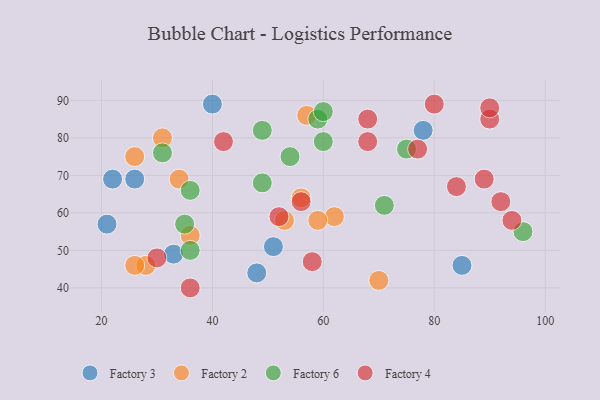
{"axis": {"x": "GDP", "y": "Life Expectancy"}, "legend": ["Factory 2", "Factory 3", "Factory 4", "Factory 6"], "data": [{"x": "78", "y": 82, "type": "Factory 3"}, {"x": "51", "y": 51, "type": "Factory 3"}, {"x": "48", "y": 44, "type": "Factory 3"}, {"x": "85", "y": 46, "type": "Factory 3"}, {"x": "33", "y": 49, "type": "Factory 3"}, {"x": "22", "y": 69, "type": "Factory 3"}, {"x": "40", "y": 89, "type": "Factory 3"}, {"x": "21", "y": 57, "type": "Factory 3"}, {"x": "26", "y": 69, "type": "Factory 3"}, {"x": "70", "y": 42, "type": "Factory 2"}, {"x": "56", "y": 64, "type": "Factory 2"}, {"x": "53", "y": 58, "type": "Factory 2"}, {"x": "26", "y": 75, "type": "Factory 2"}, {"x": "36", "y": 54, "type": "Factory 2"}, {"x": "34", "y": 69, "type": "Factory 2"}, {"x": "31", "y": 80, "type": "Factory 2"}, {"x": "28", "y": 46, "type": "Factory 2"}, {"x": "62", "y": 59, "type": "Factory 2"}, {"x": "26", "y": 46, "type": "Factory 2"}, {"x": "57", "y": 86, "type": "Factory 2"}, {"x": "59", "y": 58, "type": "Factory 2"}, {"x": "54", "y": 75, "type": "Factory 6"}, {"x": "49", "y": 68, "type": "Factory 6"}, {"x": "75", "y": 77, "type": "Factory 6"}, {"x": "35", "y": 57, "type": "Factory 6"}, {"x": "96", "y": 55, "type": "Factory 6"}, {"x": "60", "y": 79, "type": "Factory 6"}, {"x": "59", "y": 85, "type": "Factory 6"}, {"x": "71", "y": 62, "type": "Factory 6"}, {"x": "60", "y": 87, "type": "Factory 6"}, {"x": "36", "y": 66, "type": "Factory 6"}, {"x": "36", "y": 50, "type": "Factory 6"}, {"x": "31", "y": 76, "type": "Factory 6"}, {"x": "49", "y": 82, "type": "Factory 6"}, {"x": "77", "y": 77, "type": "Factory 4"}, {"x": "42", "y": 79, "type": "Factory 4"}, {"x": "94", "y": 58, "type": "Factory 4"}, {"x": "89", "y": 69, "type": "Factory 4"}, {"x": "30", "y": 48, "type": "Factory 4"}, {"x": "68", "y": 85, "type": "Factory 4"}, {"x": "92", "y": 63, "type": "Factory 4"}, {"x": "56", "y": 63, "type": "Factory 4"}, {"x": "36", "y": 40, "type": "Factory 4"}, {"x": "80", "y": 89, "type": "Factory 4"}, {"x": "68", "y": 79, "type": "Factory 4"}, {"x": "58", "y": 47, "type": "Factory 4"}, {"x": "84", "y": 67, "type": "Factory 4"}, {"x": "52", "y": 59, "type": "Factory 4"}, {"x": "90", "y": 85, "type": "Factory 4"}, {"x": "90", "y": 88, "type": "Factory 4"}]}